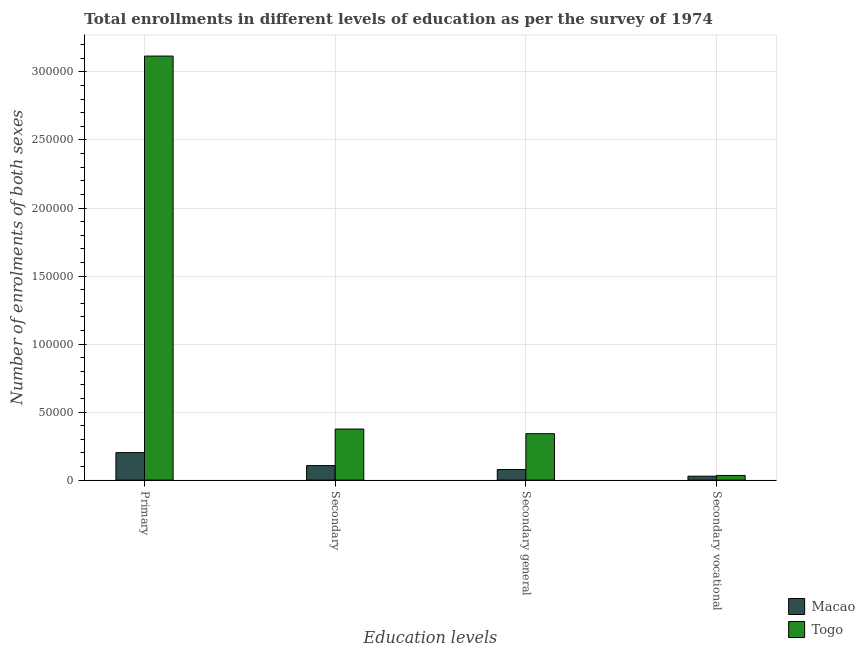
| Education levels | Macao | Togo |
 | --- | --- | --- |
 | Primary | 2.02e+04 | 3.12e+05 |
 | Secondary | 1.07e+04 | 3.75e+04 |
 | Secondary general | 7.79e+03 | 3.41e+04 |
 | Secondary vocational | 2.88e+03 | 3.42e+03 |